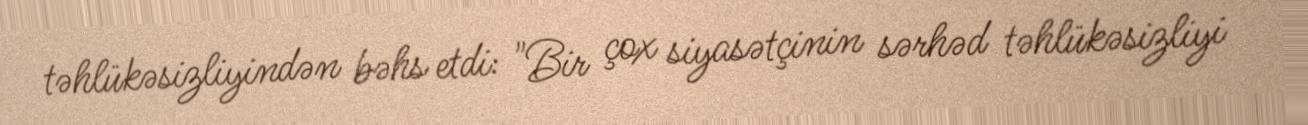
təhlükəsizliyindən bəhs etdi: "Bir çox siyasətçinin sərhəd təhlükəsizliyi